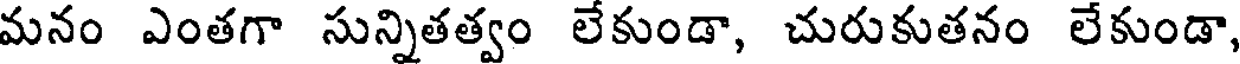
మనం ఎంతగా సున్నితత్వం లేకుండా, చురుకుతనం లేకుండా,